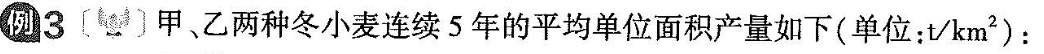
例3〔〕甲、乙两种冬小麦连续5年的平均单位面积产量如下(单位：t/km^{2})：